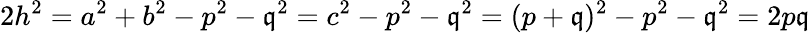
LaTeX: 2h^{2}=a^{2}+b^{2}-p^{2}-\mathfrak{q}^{2}=c^{2}-p^{2}-\mathfrak{q}^{2}=(p+\mathfrak{q})^{2}-p^{2}-\mathfrak{q}^{2}=2p\mathfrak{q}